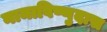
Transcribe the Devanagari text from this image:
नामाविष्णुदास